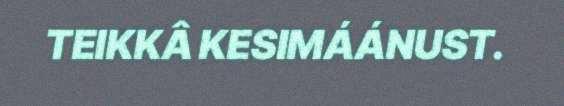
TEIKKÂ KESIMÁÁNUST.